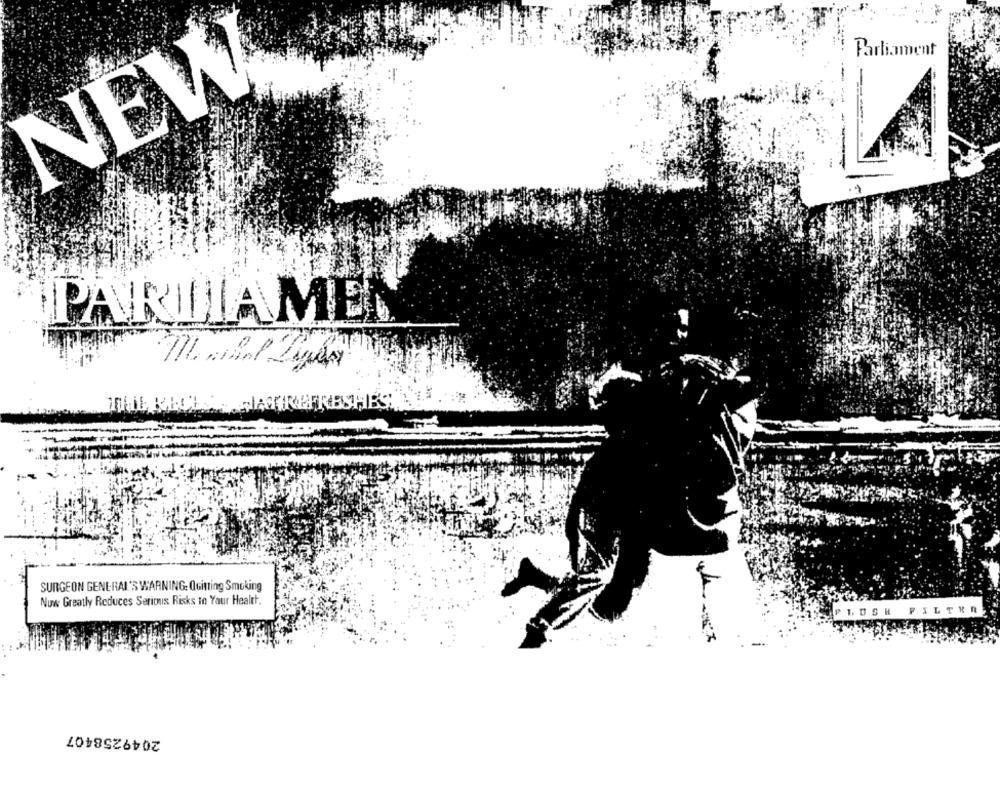
Parliament
NEW
PARLIAMET
ATIREFRESHES
SURGEON GENERAL'S WARNING: Quitting Smoking
Nuw Greatly Reduces Serious Risks In Your Health.
FIL
PLUSH
2049258407